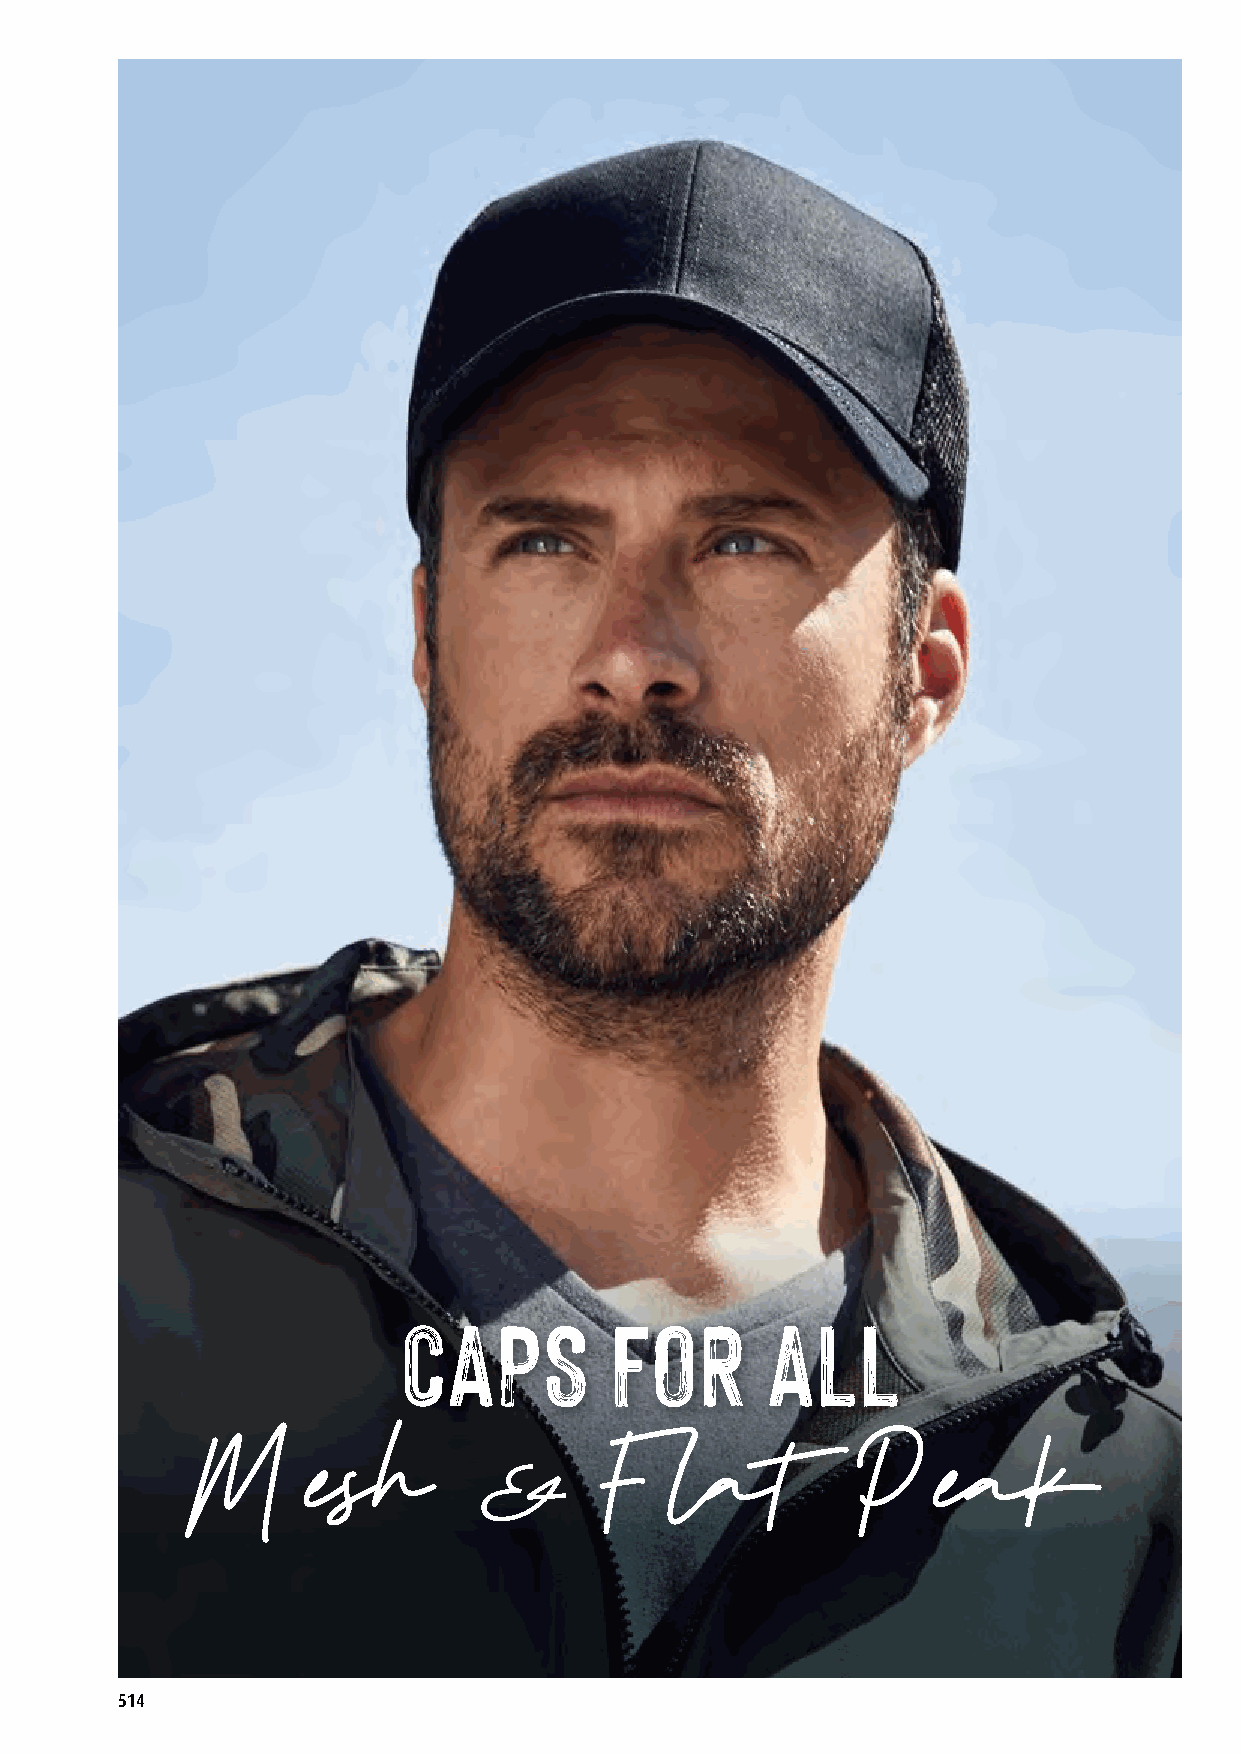
CAPS          FOR        ALL
 Mesh                      Flat              Peak
 &
 514